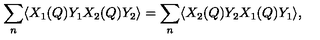
\sum _ { n } \langle X _ { 1 } ( Q ) Y _ { 1 } X _ { 2 } ( Q ) Y _ { 2 } \rangle = \sum _ { n } \langle X _ { 2 } ( Q ) Y _ { 2 } X _ { 1 } ( Q ) Y _ { 1 } \rangle ,